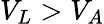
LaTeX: V_{L}>V_{A}